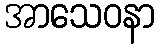
အာသေဝနာ